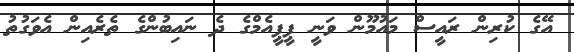
އޭގެ ކުރިން ރައީސް މައުމޫން ވަނީ ޕީޕީއެމްގެ ދެ ނައިބުންގެ ތެރެއިން އެވަގުތު